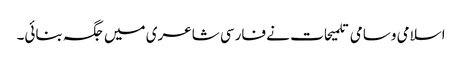
اسلامی وسامی تلمیحات نے فارسی شاعری میں جگہ بنائی۔